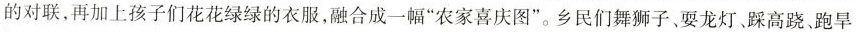
对联，再加上孩子们花花绿绿的衣服，融合成一幅”农家喜庆图”。乡民们舞狮子、耍龙灯、踩高跷、跑旱船。